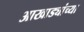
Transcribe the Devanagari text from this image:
आखाड्यांच्या